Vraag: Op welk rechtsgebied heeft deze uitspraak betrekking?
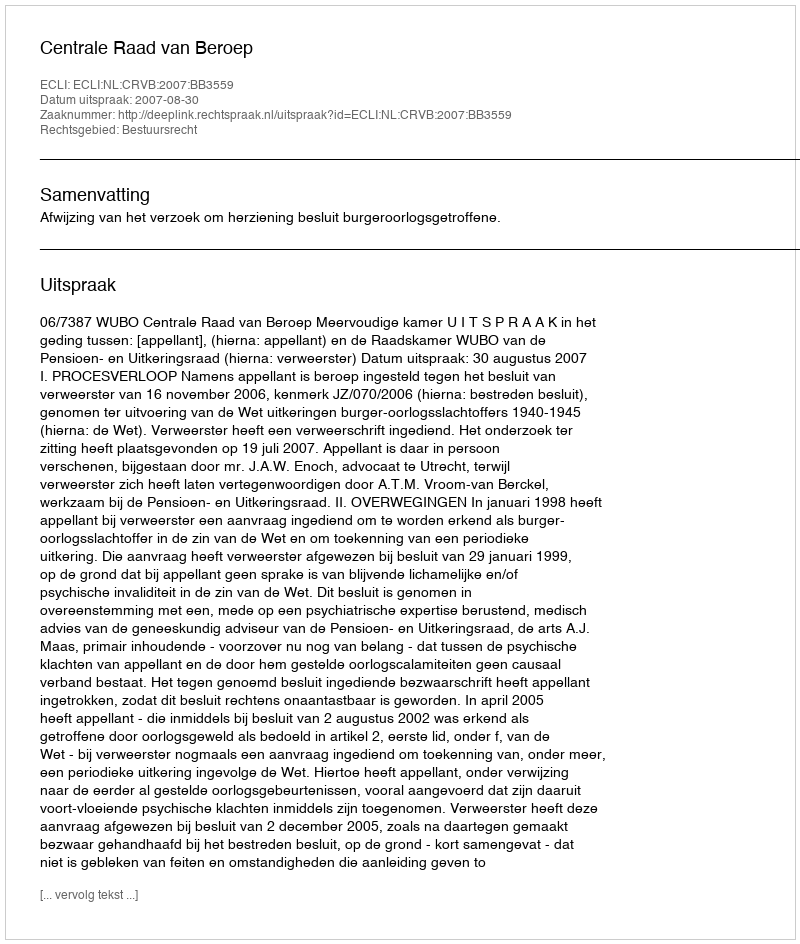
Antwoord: Bestuursrecht